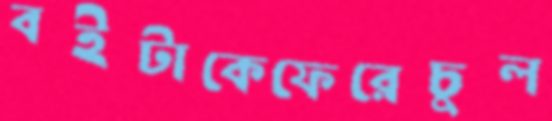
বইটাকেফেরেচুল